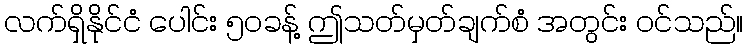
လက်ရှိနိုင်ငံ ပေါင်း ၅၀ခန့် ဤသတ်မှတ်ချက်စံ အတွင်း ဝင်သည်။